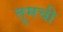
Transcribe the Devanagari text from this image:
तूमची